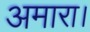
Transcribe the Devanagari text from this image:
अमारा।